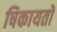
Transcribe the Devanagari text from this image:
षिकायतों